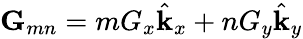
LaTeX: \mathbf{G}_{mn}=mG_{x}\hat{\mathbf{k}}_{x}+nG_{y}\hat{\mathbf{k}}_{y}